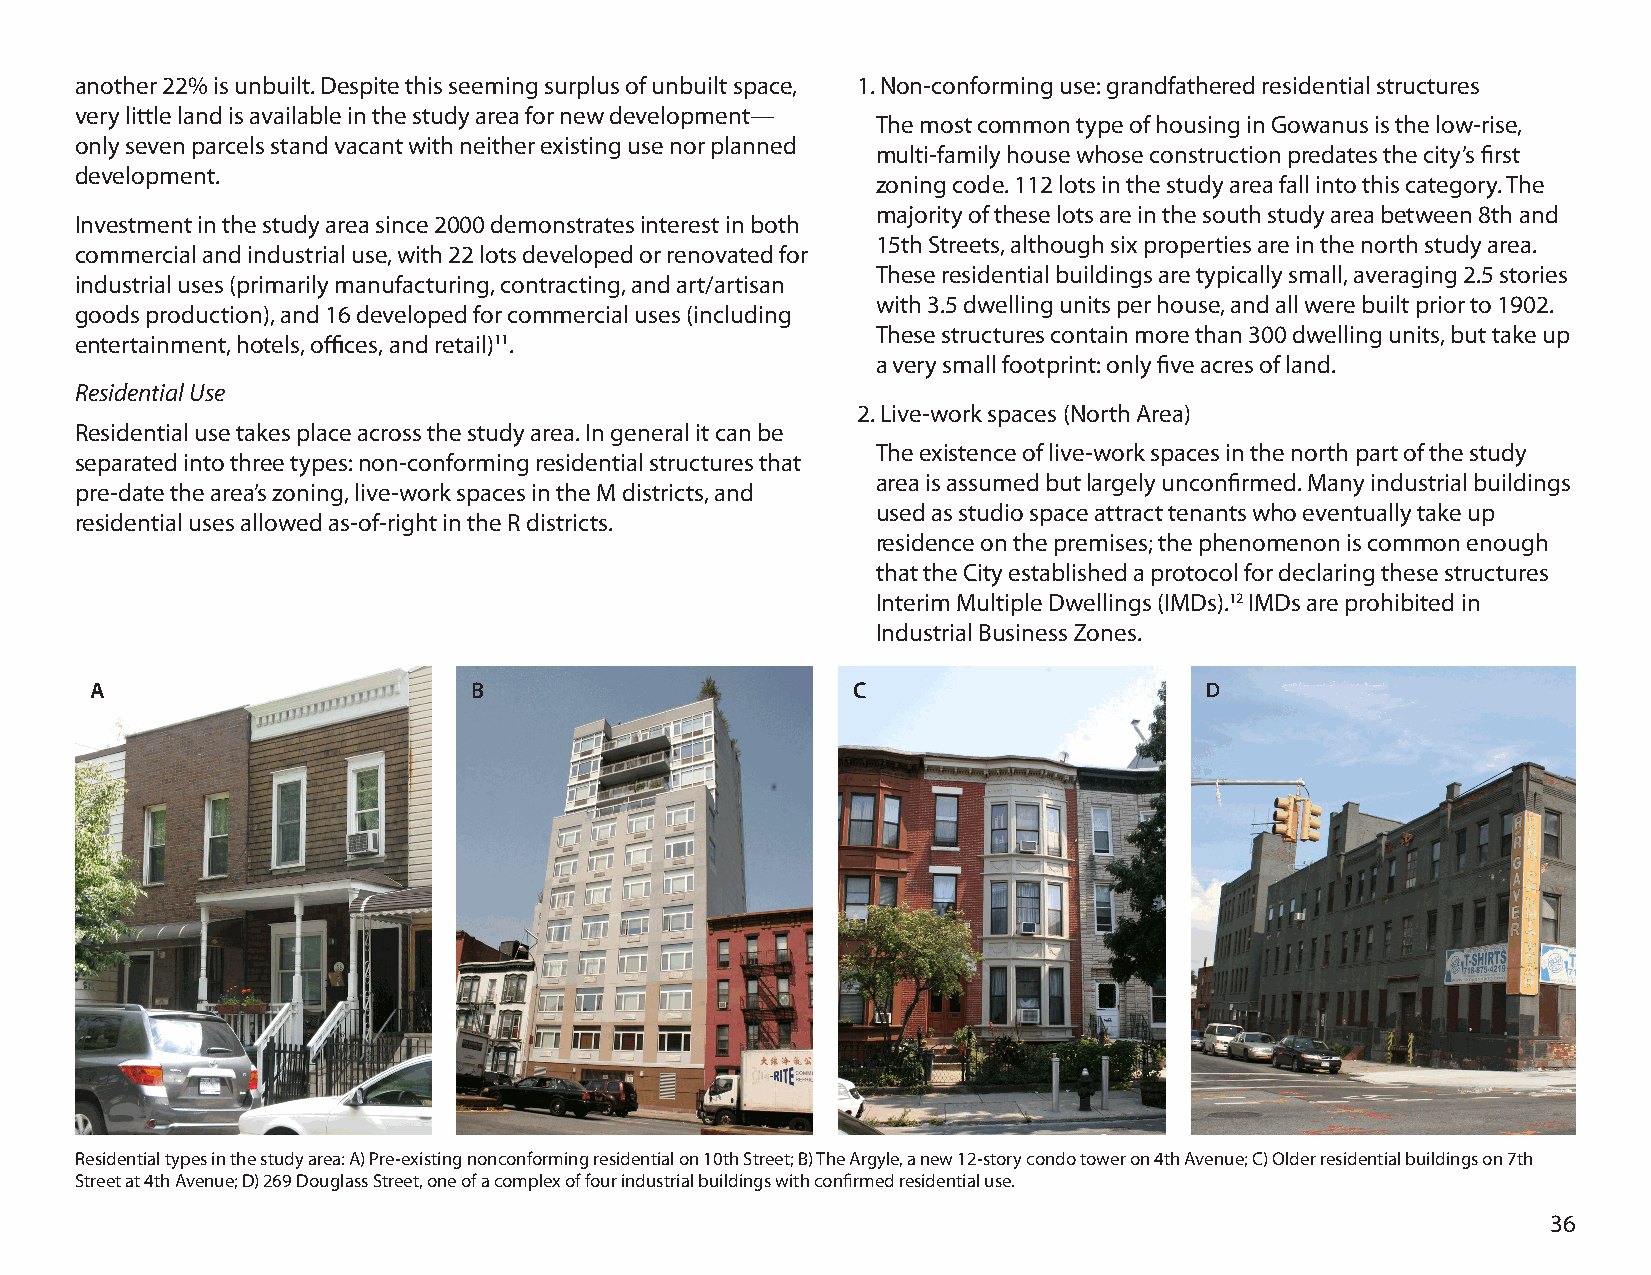
another 22% is unbuilt. Despite this seeming surplus of unbuilt space, 1. Non-conforming use: grandfathered residential structures
 very little land is available in the study area for new development—
 The most common type of housing in Gowanus is the low-rise,
 only seven parcels stand vacant with neither existing use nor planned
 multi-family house whose construction predates the city’s first
 development.
 zoning code. 112 lots in the study area fall into this category. The
 majority of these lots are in the south study area between 8th and
 Investment in the study area since 2000 demonstrates interest in both
 15th Streets, although six properties are in the north study area.
 commercial and industrial use, with 22 lots developed or renovated for
 These residential buildings are typically small, averaging 2.5 stories
 industrial uses (primarily manufacturing, contracting, and art/artisan
 with 3.5 dwelling units per house, and all were built prior to 1902.
 goods production), and 16 developed for commercial uses (including
 These structures contain more than 300 dwelling units, but take up
 entertainment, hotels, offices, and retail)11.
 a very small footprint: only five acres of land.
 Residential Use
 2. Live-work spaces (North Area)
 Residential use takes place across the study area. In general it can be
 The existence of live-work spaces in the north part of the study
 separated into three types: non-conforming residential structures that
 area is assumed but largely unconfirmed. Many industrial buildings
 pre-date the area’s zoning, live-work spaces in the M districts, and
 used as studio space attract tenants who eventually take up
 residential uses allowed as-of-right in the R districts.
 residence on the premises; the phenomenon is common enough
 that the City established a protocol for declaring these structures
 Interim Multiple Dwellings (IMDs).12 IMDs are prohibited in
 Industrial Business Zones.
 A                        B                        C                       D
 Residential types in the study area: A) Pre-existing nonconforming residential on 10th Street; B) The Argyle, a new 12-story condo tower on 4th Avenue; C) Older residential buildings on 7th
 Street at 4th Avenue; D) 269 Douglass Street, one of a complex of four industrial buildings with confirmed residential use.
 36